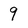
Character: 9